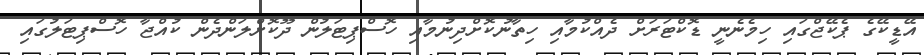
އޭޑީކޭގެ ޕެކޭޖްގައި ހިމެނެނީ ޑޮކްޓަރަށް ދެއްކުމާއި ހިތާނުކޮށްދިނުމާއި ހޮސްޕިޓަލުން ދޫކޮށްލަންދެން ކުއްޖާ ހޮސްޕިޓަލުގައި